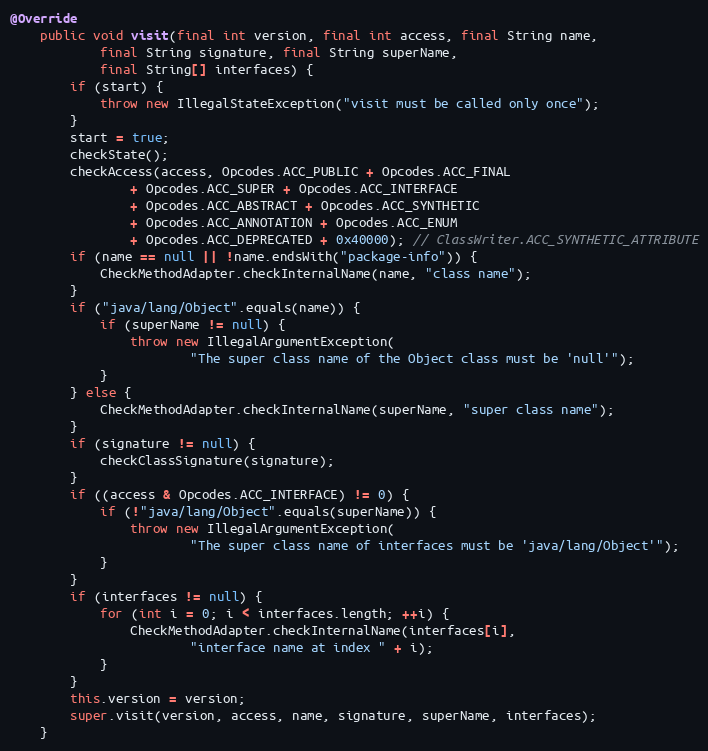
Language: Java
@Override
    public void visit(final int version, final int access, final String name,
            final String signature, final String superName,
            final String[] interfaces) {
        if (start) {
            throw new IllegalStateException("visit must be called only once");
        }
        start = true;
        checkState();
        checkAccess(access, Opcodes.ACC_PUBLIC + Opcodes.ACC_FINAL
                + Opcodes.ACC_SUPER + Opcodes.ACC_INTERFACE
                + Opcodes.ACC_ABSTRACT + Opcodes.ACC_SYNTHETIC
                + Opcodes.ACC_ANNOTATION + Opcodes.ACC_ENUM
                + Opcodes.ACC_DEPRECATED + 0x40000); // ClassWriter.ACC_SYNTHETIC_ATTRIBUTE
        if (name == null || !name.endsWith("package-info")) {
            CheckMethodAdapter.checkInternalName(name, "class name");
        }
        if ("java/lang/Object".equals(name)) {
            if (superName != null) {
                throw new IllegalArgumentException(
                        "The super class name of the Object class must be 'null'");
            }
        } else {
            CheckMethodAdapter.checkInternalName(superName, "super class name");
        }
        if (signature != null) {
            checkClassSignature(signature);
        }
        if ((access & Opcodes.ACC_INTERFACE) != 0) {
            if (!"java/lang/Object".equals(superName)) {
                throw new IllegalArgumentException(
                        "The super class name of interfaces must be 'java/lang/Object'");
            }
        }
        if (interfaces != null) {
            for (int i = 0; i < interfaces.length; ++i) {
                CheckMethodAdapter.checkInternalName(interfaces[i],
                        "interface name at index " + i);
            }
        }
        this.version = version;
        super.visit(version, access, name, signature, superName, interfaces);
    }